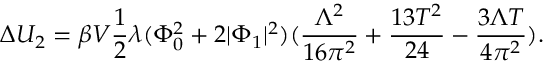
\Delta U _ { 2 } = \beta V { \frac { 1 } { 2 } } \lambda ( \Phi _ { 0 } ^ { 2 } + 2 | \Phi _ { 1 } | ^ { 2 } ) ( { \frac { \Lambda ^ { 2 } } { 1 6 \pi ^ { 2 } } } + { \frac { 1 3 T ^ { 2 } } { 2 4 } } - { \frac { 3 \Lambda T } { 4 \pi ^ { 2 } } } ) .